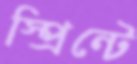
স্প্রিন্টে